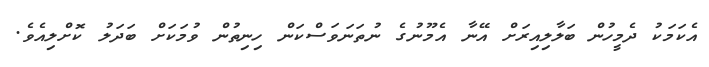
އެކަމަކު ދެމީހުން ބަލާލިއިރަށް އޭނާ އެމޫނުގެ ނުތަނަވަސްކަން ހިނިތުން ވުމަކަށް ބަދަލު ކޮށްލިއެވެ.